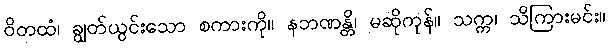
ဝိတထံ၊ ချွတ်ယွင်းသော စကားကို။ နဘဏန္တိ၊ မဆိုကုန်။ သက္က၊ သိကြားမင်း။